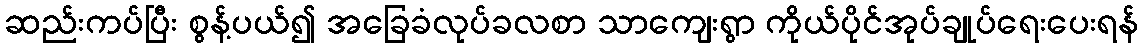
ဆည်းကပ်ပြီး စွန့်ပယ်၍ အခြေခံလုပ်ခလစာ သာကျေးရွာ ကိုယ်ပိုင်အုပ်ချုပ်ရေးပေးရန်